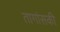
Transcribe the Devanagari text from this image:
तागांसकी